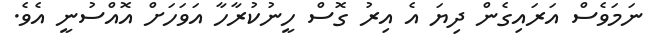
ނަމަވެސް އަރައިގެން ދިޔަ އެ އިރު ގޮސް ހީނުކުރާހާ އަވަހަށް އޮއްސުނީ އެވެ.